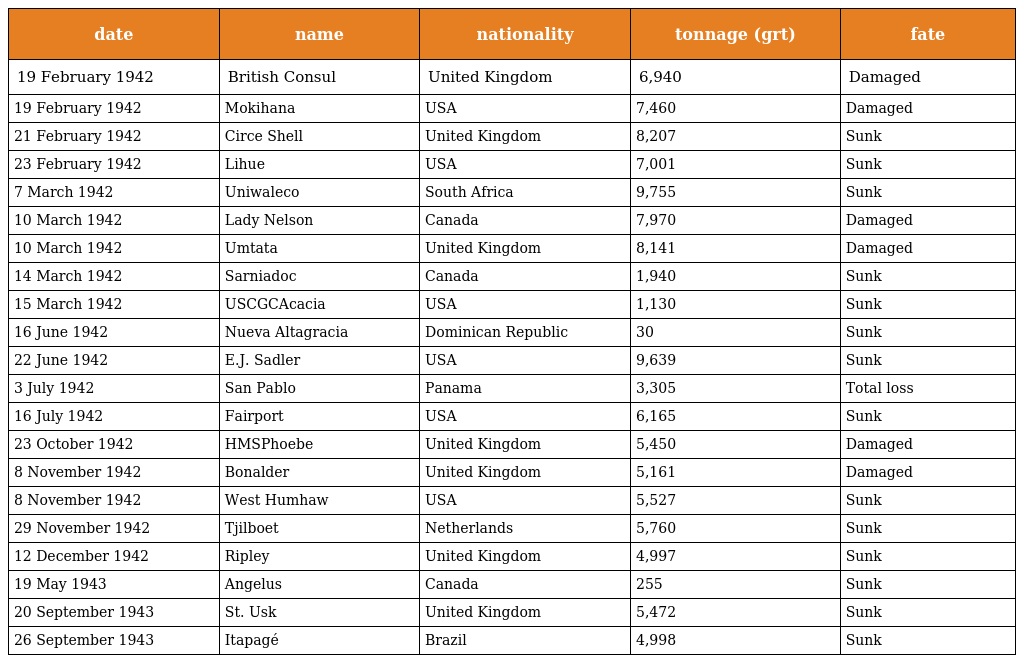
| date | name | nationality | tonnage (grt) | fate |
 | --- | --- | --- | --- | --- |
 | 19 February 1942 | British Consul | United Kingdom | 6,940 | Damaged |
 | 19 February 1942 | Mokihana | USA | 7,460 | Damaged |
 | 21 February 1942 | Circe Shell | United Kingdom | 8,207 | Sunk |
 | 23 February 1942 | Lihue | USA | 7,001 | Sunk |
 | 7 March 1942 | Uniwaleco | South Africa | 9,755 | Sunk |
 | 10 March 1942 | Lady Nelson | Canada | 7,970 | Damaged |
 | 10 March 1942 | Umtata | United Kingdom | 8,141 | Damaged |
 | 14 March 1942 | Sarniadoc | Canada | 1,940 | Sunk |
 | 15 March 1942 | USCGCAcacia | USA | 1,130 | Sunk |
 | 16 June 1942 | Nueva Altagracia | Dominican Republic | 30 | Sunk |
 | 22 June 1942 | E.J. Sadler | USA | 9,639 | Sunk |
 | 3 July 1942 | San Pablo | Panama | 3,305 | Total loss |
 | 16 July 1942 | Fairport | USA | 6,165 | Sunk |
 | 23 October 1942 | HMSPhoebe | United Kingdom | 5,450 | Damaged |
 | 8 November 1942 | Bonalder | United Kingdom | 5,161 | Damaged |
 | 8 November 1942 | West Humhaw | USA | 5,527 | Sunk |
 | 29 November 1942 | Tjilboet | Netherlands | 5,760 | Sunk |
 | 12 December 1942 | Ripley | United Kingdom | 4,997 | Sunk |
 | 19 May 1943 | Angelus | Canada | 255 | Sunk |
 | 20 September 1943 | St. Usk | United Kingdom | 5,472 | Sunk |
 | 26 September 1943 | Itapagé | Brazil | 4,998 | Sunk |